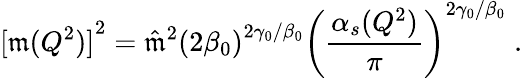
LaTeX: {[\mathfrak{m}(Q^{2})]}^{2}={\hat{{\mathfrak{m}}}}^{2}{(2{\beta}_{0})}^{2{\gamma}_{0}/{\beta}_{0}}{\left(\frac{{{\alpha}_{s}(Q^{2})}}{{\pi}}\right)}^{2{\gamma}_{0}/{\beta}_{0}}\; .